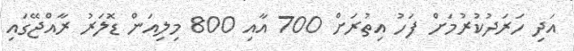
އަދި ހަރަދުކުރުމަށް ފަހު އިތުރަށް 700 އާއި 800 މިލިއަން ޑޮލަރު ރާއްޖޭގައި